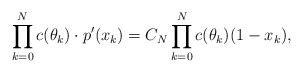
\begin{align*}\prod \limits_{k=0}^N c(\theta_k) \cdot p'(x_k) = C_N \prod \limits_{k=0}^N c(\theta_k)(1-x_k),\end{align*}